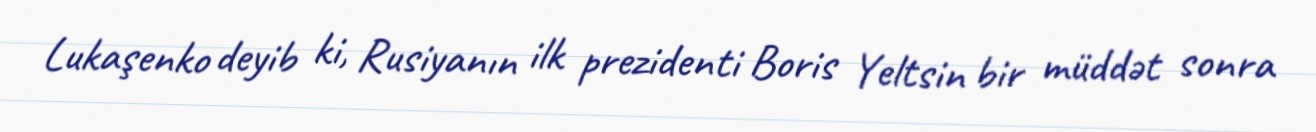
Lukaşenko deyib ki, Rusiyanın ilk prezidenti Boris Yeltsin bir müddət sonra